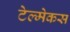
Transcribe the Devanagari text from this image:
टेल्मेकस